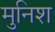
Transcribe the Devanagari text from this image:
मुनिश